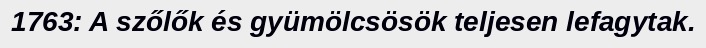
1763: A szőlők és gyümölcsösök teljesen lefagytak.